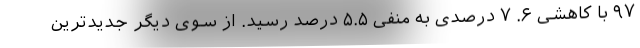
۹۷ با کاهشی ۶. ۷ درصدی به منفی ۵.۵ درصد رسید. از سوی دیگر جدیدترین